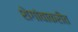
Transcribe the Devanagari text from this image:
शेगांवाकरीत